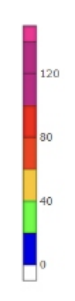
Blue: 0 to 20
Green: 20 to 40
Yellow: 40 to 60
Orange: 60 to 80
Red: 80 to 100
Magenta: 100 to 140
Pink: 140 to 150